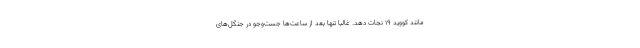
مانند کووید ۱۹ نجات دهد. غالبا تنها بعد از ساعت‌ها جست‌وجو در جنگل‌های